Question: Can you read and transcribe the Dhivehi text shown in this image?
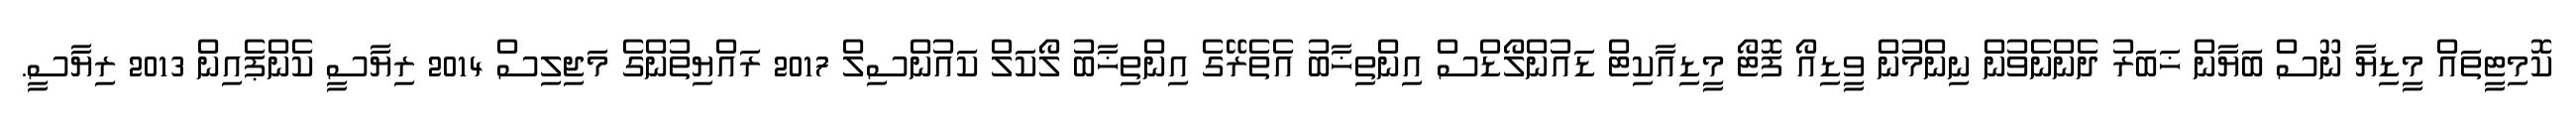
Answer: ކޮމިޓީތައް މީޑިޔާ ނޫސް ބަޔާން ޚަބަރު ދެންނެވުން ނިންމުން ވީޑިއޯ ފޮޓޯ މީޑިއާކިޓް ޑައުންލޯޑްސް އިންތިޚާބު އެތެރޭގެ އިންތިޚާބު ލޯކަލް ކައުންސިލް 2017 ރައްޔިތުންގެ މަޖިލިސް 2014 ރިޔާސީ ކެންޕެއިން 2013 ރިޔާސީ.